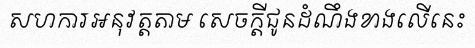
សហការអនុវត្តតាម សេចក្តីជូនដំណឹងខាងលើនេះ